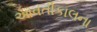
આવતીકાલના